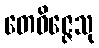
တေဝိဇ္ဇေသု